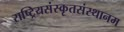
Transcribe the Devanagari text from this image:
राष्ट्रियसंस्कृतसंस्थानम